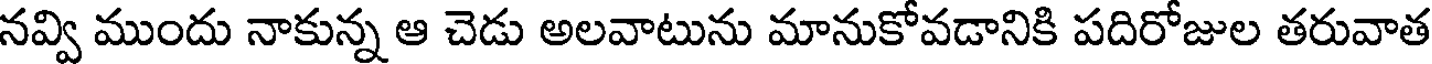
నవ్వి ముందు నాకున్న ఆ చెడు అలవాటును మానుకోవడానికి పదిరోజుల తరువాత